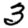
Digit: 3